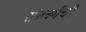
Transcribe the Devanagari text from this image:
सोल्बर्गची